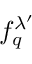
f _ { q } ^ { \lambda ^ { \prime } }